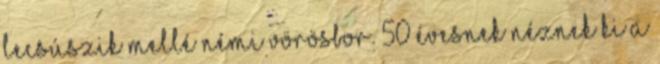
lecsúszik mellé némi vörösbor. 50 évesnek néznek ki a